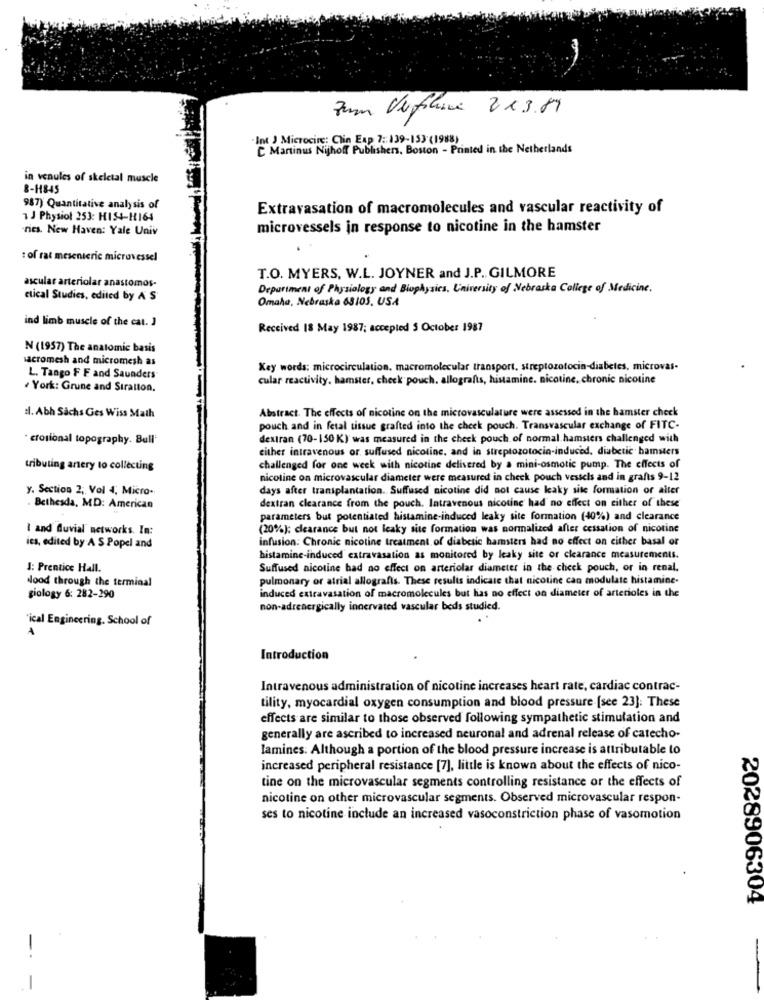
Zum Ver filare 223.89
Int J Microcire: Clin Exp 7 :: 139-153 (1988)
C Martinus Nijhoff Publishers, Boston - Printed in the Netherlands
in venules of skeletal muscle
8-11845
987) Quantitative analysis of
Extravasation of macromolecules and vascular reactivity of
1 J Physiol 253: HIS4-1164
nes. New Haven: Yale Univ
microvessels in response to nicotine in the hamster
: of rat mesenteric microvessel
T.O. MYERS, W.L. JOYNER and J.P. GILMORE
ascular arteriolar anastomos-
Department of Physiology and Biophysics, University of Nebraska College of Medicine.
ctical Studies, edited by A S
Omaha, Nebraska 63103, USA
ind limb muscle of the cat. J
Received 18 May 1987; accepted 5 October 1987
N (1957) The anatomic basis
acromesh and micromesh as
Key words: microcirculation. macromolecular transport, streptozotocin-diabetes, microvas-
L. Tango F F and Saunders
cular reactivity. hamster, check pouch. allografts, histamine. nicotine, chronic nicotine
· York: Grune and Stratton.
Abstract. The effects of nicotine on the microvasculature were assessed in the hamster check
:l. Abh Sachs Ges Wiss Math
pouch and in fetal tissue grafted into the cheek pouch. Transvascular exchange of FITC-
· crosional topography. Bull'
dextran (70-150 K) was measured in the cheek pouch of normal hamsters challenged with
either intravenous or suffused nicotine, and in streptozotocin-induced, diabetic hamsters
tributing artery to collecting
challenged for one week with nicotine delivered by a mini-osmotic pump. The effects of
nicotine on microvascular diameter were measured in check pouch vessels and in grafts 9-12
y. Section 2; Vol 4, Micro-
days after transplantation. Suffused nicotine did not cause leaky site formation or alter
Bethesda, MD: American
dextran clearance from the pouch. Intravenous nicotine had no effect on either of these
parameters but potentiated histamine-induced leaky site formation (40%) and clearance
I and fluvial networks. In:
(20%): clearance but not leaky site formation was normalized after cessation of nicotine
infusion: Chronic nicotine treatment of diabetic hamsters had no effect on either basal or
ics, edited by A S Popel and
histamine-induced extravasation as monitored by leaky site or clearance measurements.
J: Prentice Hall.
Suffused nicotine had no effect on arteriolar diameter in the check pouch, or in renal.
pulmonary or atrial allografts. These results indicate that nicotine can modulate histamine.
Nood through the terminal
induced extravasation of macromolecules but has no effect on diameter of arterioles in the
giology 6: 282-290
non-adrenergically innervated vascular beds studied.
"ical Engineering. School of
A
Introduction
Intravenous administration of nicotine increases heart rate, cardiac contrac-
tility, myocardial oxygen consumption and blood pressure [see 23]: These
effects are similar to those observed following sympathetic stimulation and
generally are ascribed to increased neuronal and adrenal release of catecho-
lamines: Although a portion of the blood pressure increase is attributable to
increased peripheral resistance [7], little is known about the effects of nico-
tine on the microvascular segments controlling resistance or the effects of
nicotine on other microvascular segments. Observed microvascular respon-
ses to nicotine include an increased vasoconstriction phase of vasomotion
2028906304